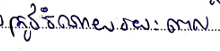
ត្រូវចំណាយរយៈពេល